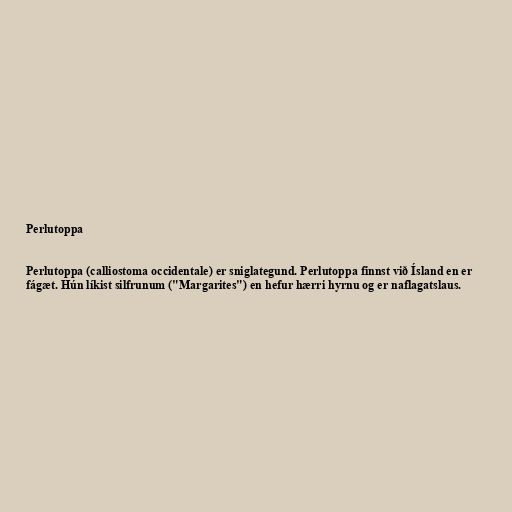
Perlutoppa

Perlutoppa (calliostoma occidentale) er sniglategund. Perlutoppa finnst við Ísland en er
fágæt. Hún líkist silfrunum ("Margarites") en hefur hærri hyrnu og er naflagatslaus.